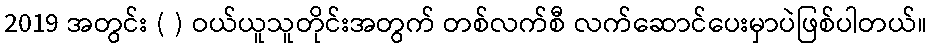
2019 အတွင်း ( ) ဝယ်ယူသူတိုင်းအတွက် တစ်လက်စီ လက်ဆောင်ပေးမှာပဲဖြစ်ပါတယ်။